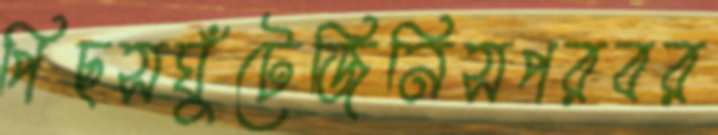
পিছসঘুঁটেজিনিসপরবর